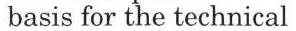
basis for the technical